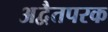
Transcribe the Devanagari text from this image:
अद्वैतपरक